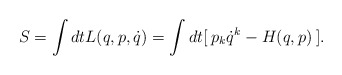
\begin{align*}S = \int dt L(q,p, \dot{q}) = \int dt [\: p_k \dot{q}^k - H(q,p) \:].\end{align*}